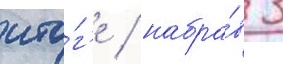
ито́г'е / набра́в 3